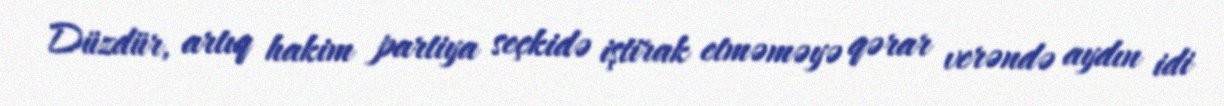
Düzdür, artıq hakim partiya seçkidə iştirak etməməyə qərar verəndə aydın idi